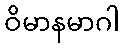
ဝိမာနမာဂါ